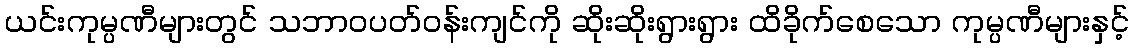
ယင်းကုမ္ပဏီများတွင် သဘာဝပတ်ဝန်းကျင်ကို ဆိုးဆိုးရွားရွား ထိခိုက်စေသော ကုမ္ပဏီများနှင့်